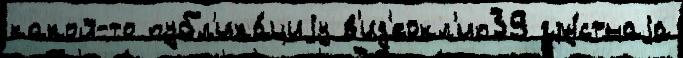
какой-то публ'ика́циjу в'ид'еокл'ип39 гру́стнаjа